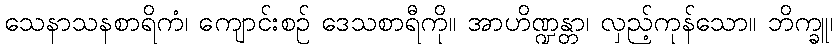
သေနာသနစာရိကံ၊ ကျောင်းစဉ် ဒေသစာရီကို။ အာဟိဏ္ဍန္တာ၊ လှည့်ကုန်သော။ ဘိက္ခူ၊